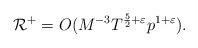
LaTeX: \begin{align*}\mathcal{R^+} = O(M^{-3} T^{\frac{5}{2} + \varepsilon} p^{1 + \varepsilon}).\end{align*}